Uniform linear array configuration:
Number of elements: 32
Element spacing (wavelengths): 1
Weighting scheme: exponential
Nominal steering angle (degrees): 45
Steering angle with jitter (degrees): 46.319
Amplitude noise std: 0.05
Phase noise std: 0.05

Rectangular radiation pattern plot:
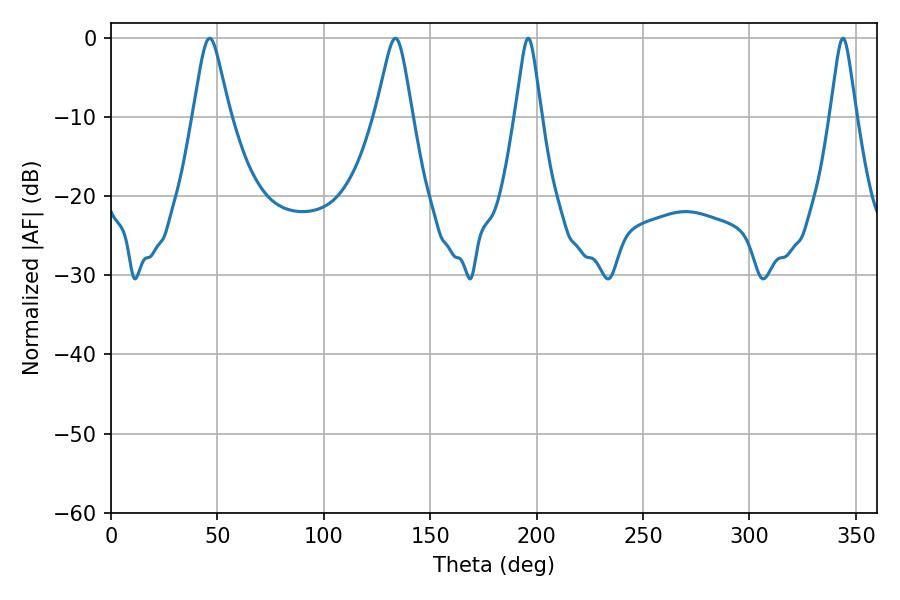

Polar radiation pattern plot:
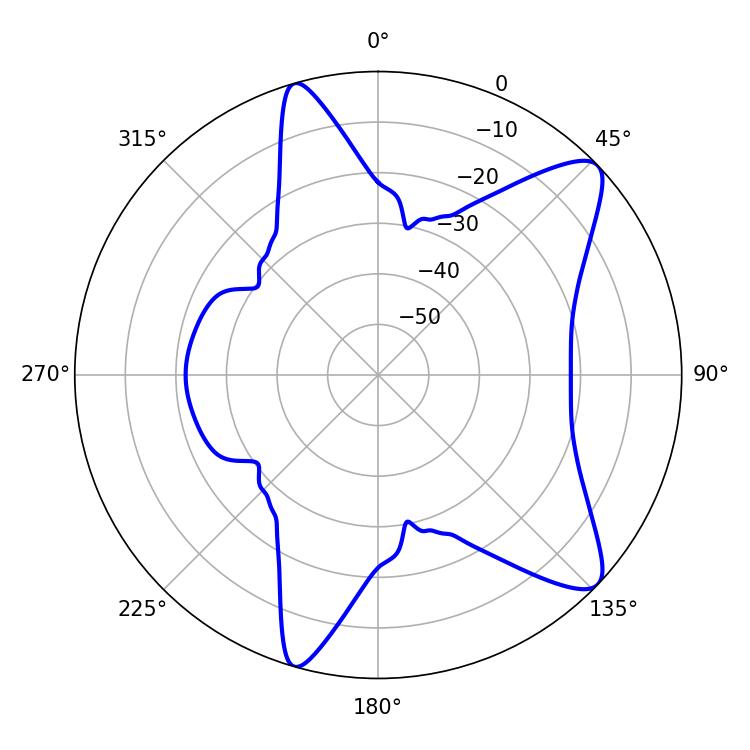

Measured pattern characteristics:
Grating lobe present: TRUE
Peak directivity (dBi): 10.228
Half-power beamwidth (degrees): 5.76
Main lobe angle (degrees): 196.02